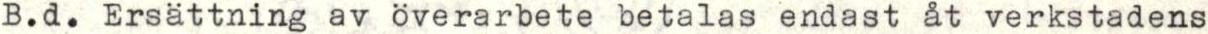
B.d. Ersättning av överarbete betalas endast åt verkstadens